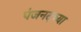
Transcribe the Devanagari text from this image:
पंजनदच्या